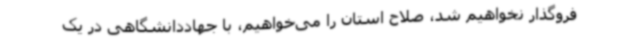
فروگذار نخواهیم شد، صلاح استان را می‌خواهیم، با جهاددانشگاهی در یک